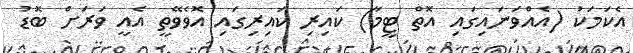
އެކަމަކު (އެއްވަނައިގައި އޮތް ޓީމާ) ކައިރި ކައިރިގައި އޮވެވޭތީ އެއީ ވަރަށް ބޮޑު